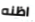
اظنه